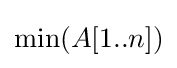
\min(A[1..n])